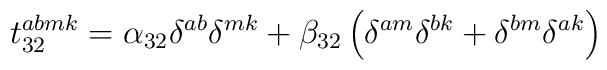
t_{32}^{abmk}=\alpha _{32}\delta ^{ab}\delta ^{mk}+\beta _{32}\left( \delta^{am}\delta ^{bk}+\delta ^{bm}\delta ^{ak}\right)